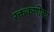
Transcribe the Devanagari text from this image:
रक्तकणीका